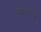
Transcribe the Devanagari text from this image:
नॅषधराज